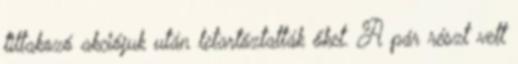
tiltakozó akciójuk után letartóztatták őket. A pár részt vett